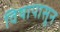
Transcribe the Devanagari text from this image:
विषापासून